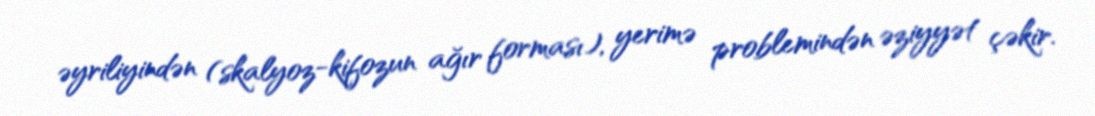
əyriliyindən (skalyoz-kifozun ağır forması), yerimə problemindən əziyyət çəkir.